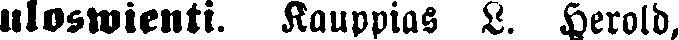
uloswienti. Kauppias L. Herold,